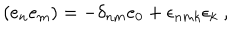
( e _ { n } e _ { m } ) = - \delta _ { n m } e _ { 0 } + \epsilon _ { n m k } \epsilon _ { k } ~ ,